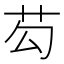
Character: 芶